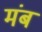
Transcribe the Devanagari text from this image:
मंब